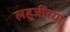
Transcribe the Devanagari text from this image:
लहूजींच्या